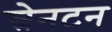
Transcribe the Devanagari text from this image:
स्नेनटन